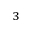
^ 3